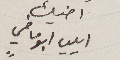
اخيك ايليا ابو ماضي